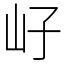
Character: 㞨